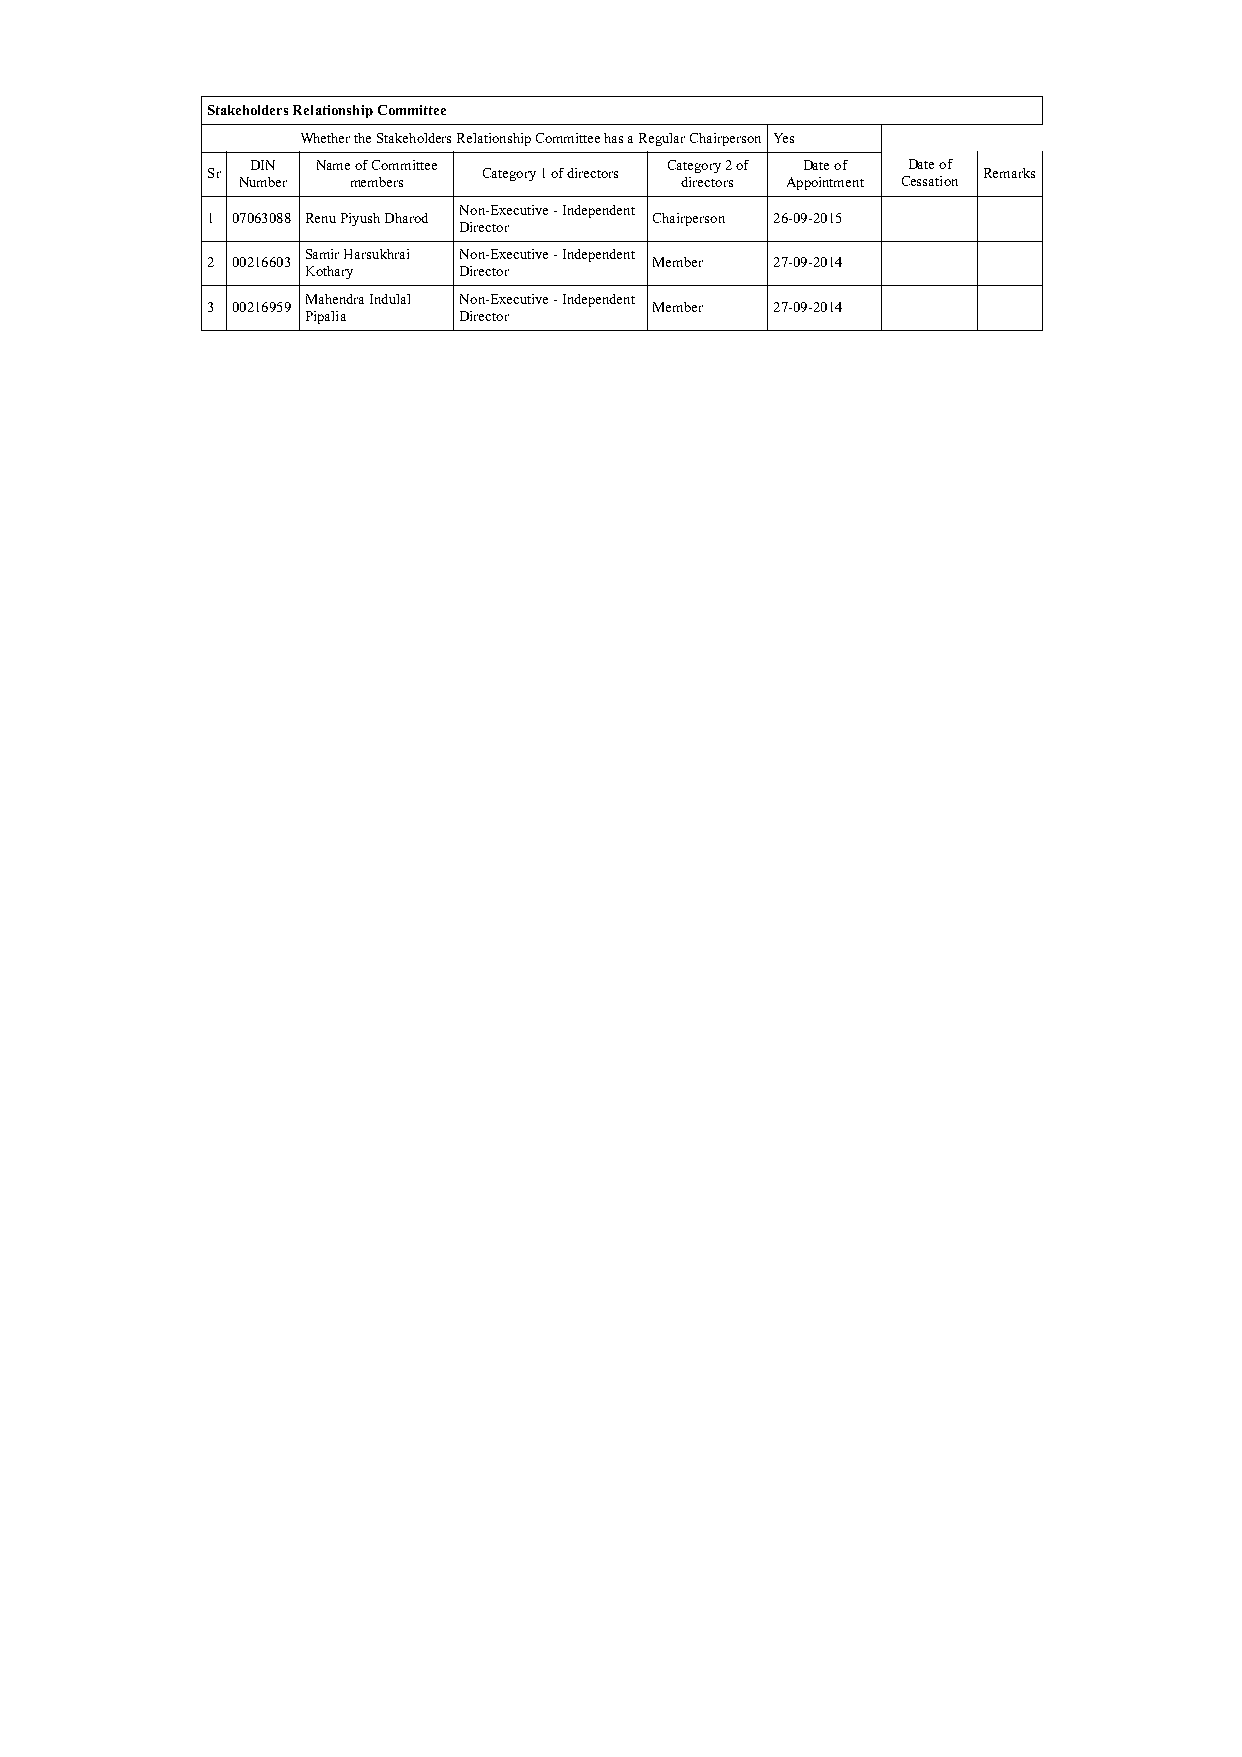
Stakeholders Relationship Committee
 Whether the Stakeholders Relationship Committee has a Regular Chairperson Yes
 DIN Name of Committee      Category 2 of Date of Date of
 Sr                Category 1 of directors          Remarks
 Number members               directors Appointment Cessation
 Non-Executive - Independent
 1 07063088 Renu Piyush Dharod Chairperson 26-09-2015
 Director
 Samir Harsukhrai Non-Executive - Independent
 2 00216603                   Member  27-09-2014
 Kothary   Director
 Mahendra Indulal Non-Executive - Independent
 3 00216959                   Member  27-09-2014
 Pipalia   Director